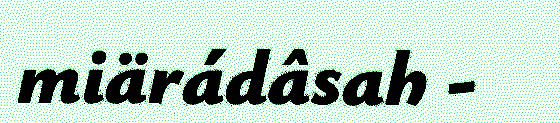
miärádâsah -